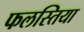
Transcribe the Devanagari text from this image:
फलस्तिया